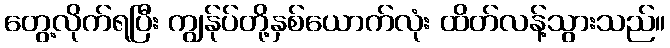
တွေ့လိုက်ရပြီး ကျွန်ုပ်တို့နှစ်ယောက်လုံး ထိတ်လန့်သွားသည်။